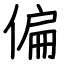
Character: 偏